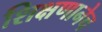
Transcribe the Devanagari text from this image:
शिक्षणानेच